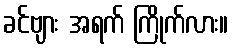
ခင်ဗျား အရက် ကြိုက်လား။